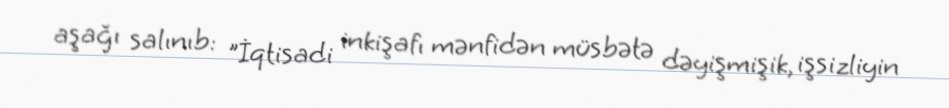
aşağı salınıb: "İqtisadi inkişafı mənfidən müsbətə dəyişmişik, işsizliyin